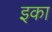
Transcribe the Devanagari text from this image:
इका